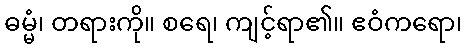
ဓမ္မံ၊ တရားကို။ စရေ၊ ကျင့်ရာ၏။ ဧဝံကရော၊